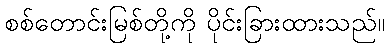
စစ်တောင်းမြစ်တို့ကို ပိုင်းခြားထားသည်။